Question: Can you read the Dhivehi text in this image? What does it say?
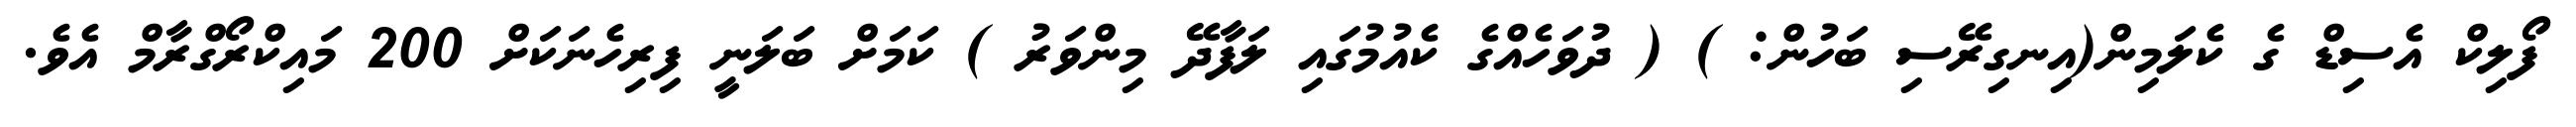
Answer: ފޯލިކް އެސިޑް ގެ ކެލަމިން(އިނގިރޭސި ބަހުން: ) ( ދުވަހެއްގެ ކެއުމުގައި ލަފާދޭ މިންވަރު ) ކަމަށް ބަލަނީ ފިރިހެނަކަށް 200 މައިކްރޯގްރާމް އެވެ.